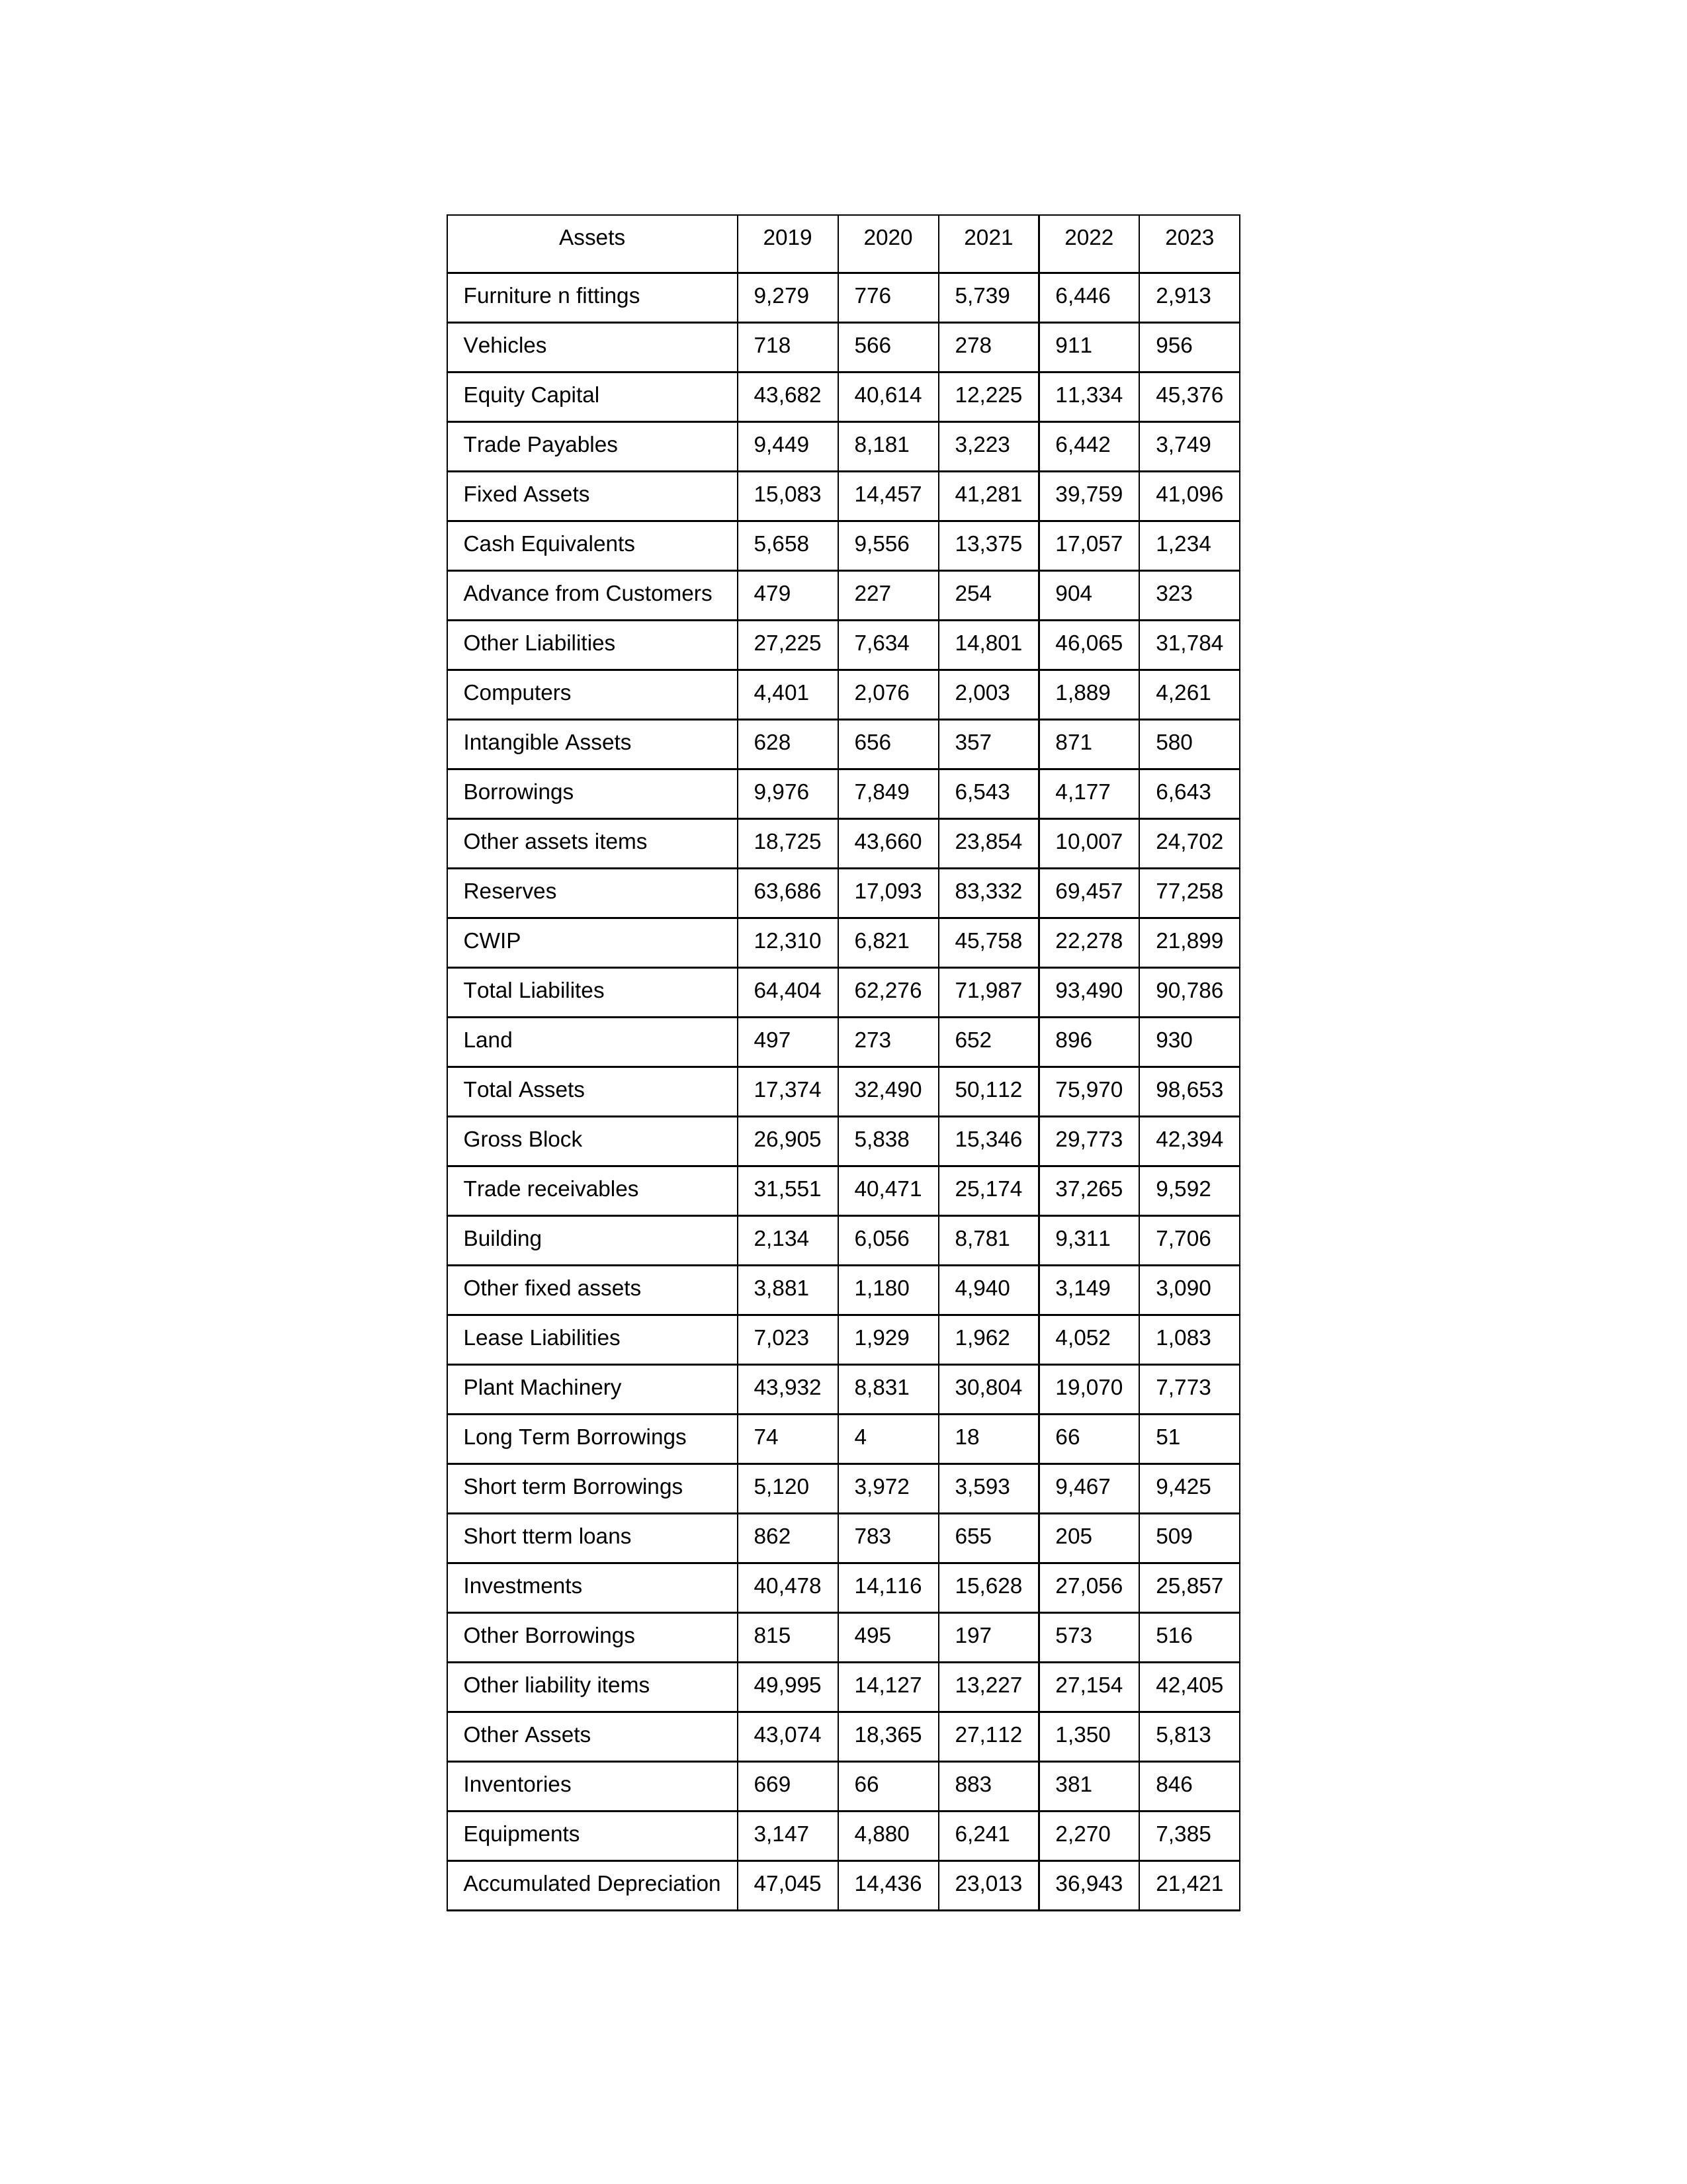
gt_parse: 2019: Equity Capital: 43,682
Reserves: 63,686
Borrowings: 9,976
Long Term Borrowings: 74
Short term Borrowings: 5,120
Lease Liabilities: 7,023
Other Borrowings: 815
Other Liabilities: 27,225
Trade Payables: 9,449
Advance from Customers: 479
Other liability items: 49,995
Total Liabilites: 64,404
Fixed Assets: 15,083
Land: 497
Building: 2,134
Plant Machinery: 43,932
Equipments: 3,147
Computers: 4,401
Furniture n fittings: 9,279
Vehicles: 718
Intangible Assets: 628
Other fixed assets: 3,881
Gross Block: 26,905
Accumulated Depreciation: 47,045
CWIP: 12,310
Investments: 40,478
Other Assets: 43,074
Inventories: 669
Trade receivables: 31,551
Cash Equivalents: 5,658
Short tterm loans: 862
Other assets items: 18,725
Total Assets: 17,374
2020: Equity Capital: 40,614
Reserves: 17,093
Borrowings: 7,849
Long Term Borrowings: 4
Short term Borrowings: 3,972
Lease Liabilities: 1,929
Other Borrowings: 495
Other Liabilities: 7,634
Trade Payables: 8,181
Advance from Customers: 227
Other liability items: 14,127
Total Liabilites: 62,276
Fixed Assets: 14,457
Land: 273
Building: 6,056
Plant Machinery: 8,831
Equipments: 4,880
Computers: 2,076
Furniture n fittings: 776
Vehicles: 566
Intangible Assets: 656
Other fixed assets: 1,180
Gross Block: 5,838
Accumulated Depreciation: 14,436
CWIP: 6,821
Investments: 14,116
Other Assets: 18,365
Inventories: 66
Trade receivables: 40,471
Cash Equivalents: 9,556
Short tterm loans: 783
Other assets items: 43,660
Total Assets: 32,490
2021: Equity Capital: 12,225
Reserves: 83,332
Borrowings: 6,543
Long Term Borrowings: 18
Short term Borrowings: 3,593
Lease Liabilities: 1,962
Other Borrowings: 197
Other Liabilities: 14,801
Trade Payables: 3,223
Advance from Customers: 254
Other liability items: 13,227
Total Liabilites: 71,987
Fixed Assets: 41,281
Land: 652
Building: 8,781
Plant Machinery: 30,804
Equipments: 6,241
Computers: 2,003
Furniture n fittings: 5,739
Vehicles: 278
Intangible Assets: 357
Other fixed assets: 4,940
Gross Block: 15,346
Accumulated Depreciation: 23,013
CWIP: 45,758
Investments: 15,628
Other Assets: 27,112
Inventories: 883
Trade receivables: 25,174
Cash Equivalents: 13,375
Short tterm loans: 655
Other assets items: 23,854
Total Assets: 50,112
2022: Equity Capital: 11,334
Reserves: 69,457
Borrowings: 4,177
Long Term Borrowings: 66
Short term Borrowings: 9,467
Lease Liabilities: 4,052
Other Borrowings: 573
Other Liabilities: 46,065
Trade Payables: 6,442
Advance from Customers: 904
Other liability items: 27,154
Total Liabilites: 93,490
Fixed Assets: 39,759
Land: 896
Building: 9,311
Plant Machinery: 19,070
Equipments: 2,270
Computers: 1,889
Furniture n fittings: 6,446
Vehicles: 911
Intangible Assets: 871
Other fixed assets: 3,149
Gross Block: 29,773
Accumulated Depreciation: 36,943
CWIP: 22,278
Investments: 27,056
Other Assets: 1,350
Inventories: 381
Trade receivables: 37,265
Cash Equivalents: 17,057
Short tterm loans: 205
Other assets items: 10,007
Total Assets: 75,970
2023: Equity Capital: 45,376
Reserves: 77,258
Borrowings: 6,643
Long Term Borrowings: 51
Short term Borrowings: 9,425
Lease Liabilities: 1,083
Other Borrowings: 516
Other Liabilities: 31,784
Trade Payables: 3,749
Advance from Customers: 323
Other liability items: 42,405
Total Liabilites: 90,786
Fixed Assets: 41,096
Land: 930
Building: 7,706
Plant Machinery: 7,773
Equipments: 7,385
Computers: 4,261
Furniture n fittings: 2,913
Vehicles: 956
Intangible Assets: 580
Other fixed assets: 3,090
Gross Block: 42,394
Accumulated Depreciation: 21,421
CWIP: 21,899
Investments: 25,857
Other Assets: 5,813
Inventories: 846
Trade receivables: 9,592
Cash Equivalents: 1,234
Short tterm loans: 509
Other assets items: 24,702
Total Assets: 98,653